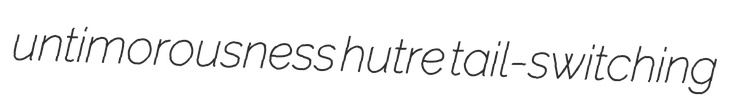
untimorousness hutre tail-switching